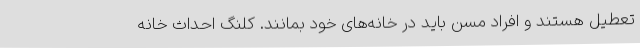
تعطیل هستند و افراد مسن باید در خانه‌های خود بمانند. کلنگ احداث خانه